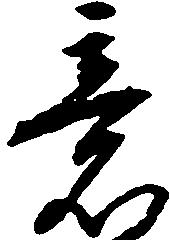
意